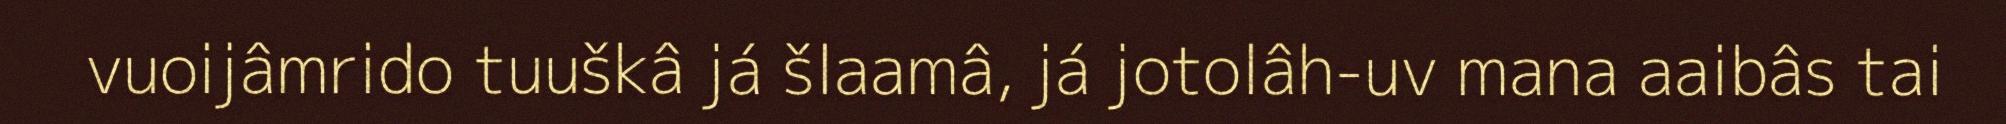
vuoijâmrido tuuškâ já šlaamâ, já jotolâh-uv mana aaibâs tai